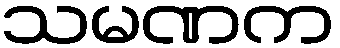
သမဏက